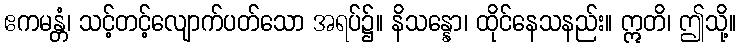
ဧကမန္တံ၊ သင့်တင့်လျောက်ပတ်သော အရပ်၌။ နိသန္နော၊ ထိုင်နေသနည်း။ ဣတိ၊ ဤသို့။